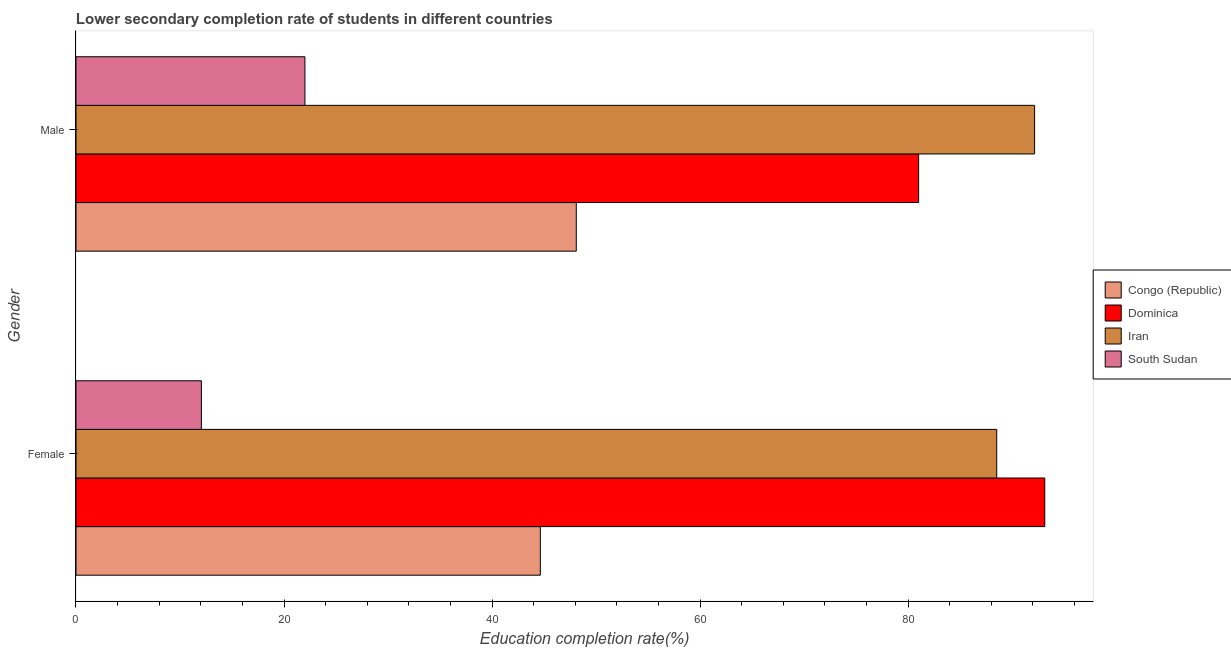
| Gender | Congo (Republic) | Dominica | Iran | South Sudan |
 | --- | --- | --- | --- | --- |
 | Female | 44.6 | 93.1 | 88.5 | 12.1 |
 | Male | 48.1 | 81 | 92.2 | 22 |